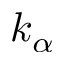
k _ { \alpha }